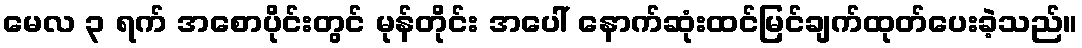
မေလ ၃ ရက် အစောပိုင်းတွင် မုန်တိုင်း အပေါ် နောက်ဆုံးထင်မြင်ချက်ထုတ်ပေးခဲ့သည်။